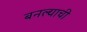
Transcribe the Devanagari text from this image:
बनल्याची